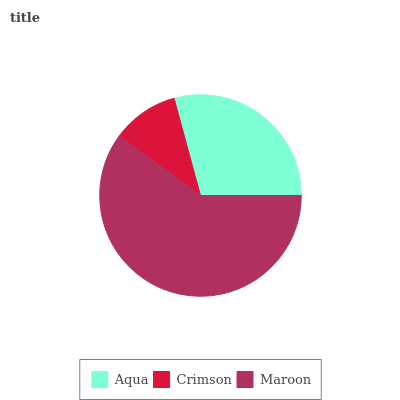
| Aqua | Crimson | Maroon |
 | --- | --- | --- |
 | 29.3% | 10.7% | 60% |